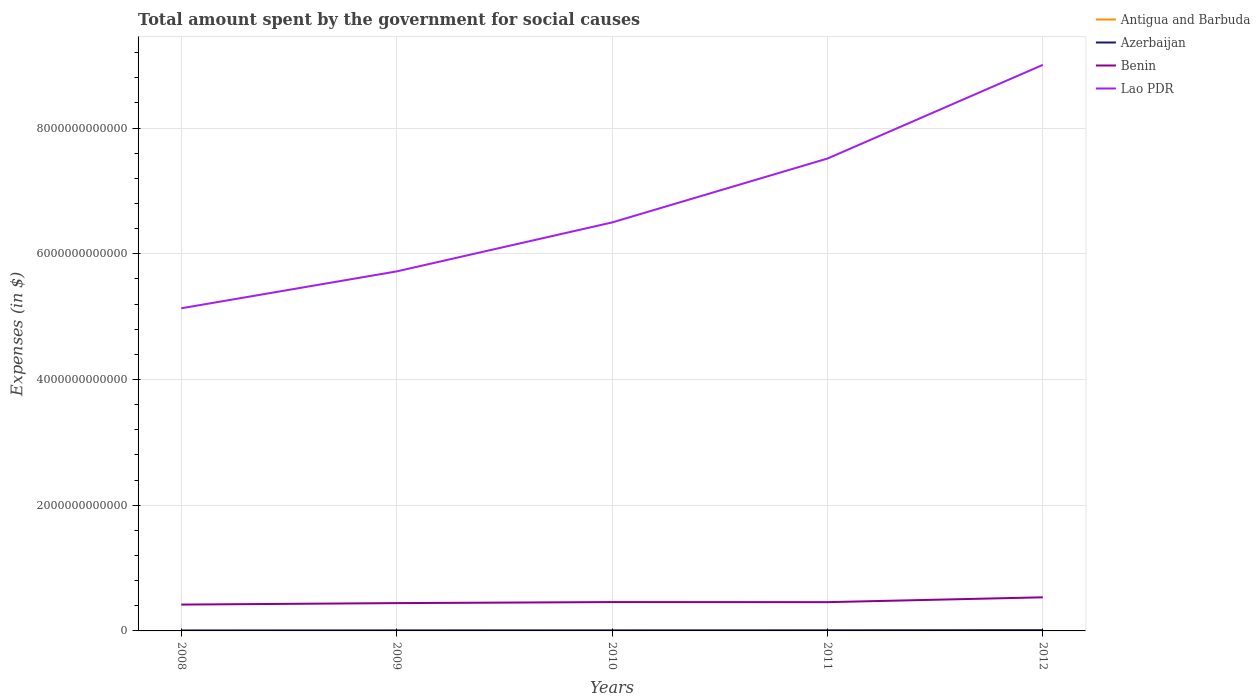
| Years | Antigua and Barbuda | Azerbaijan | Benin | Lao PDR |
 | --- | --- | --- | --- | --- |
 | 2008 | 7.66e+08 | 7.43e+09 | 4.19e+11 | 5.13e+12 |
 | 2009 | 7.82e+08 | 8.22e+09 | 4.43e+11 | 5.72e+12 |
 | 2010 | 6.76e+08 | 8.86e+09 | 4.59e+11 | 6.5e+12 |
 | 2011 | 7.15e+08 | 9.62e+09 | 4.58e+11 | 7.52e+12 |
 | 2012 | 6.72e+08 | 1.21e+10 | 5.35e+11 | 9.01e+12 |